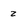
Character: z